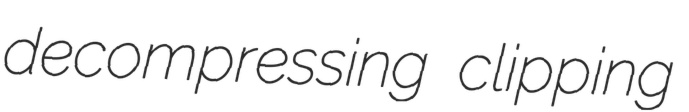
decompressing clipping